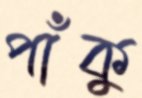
পাঁকু